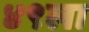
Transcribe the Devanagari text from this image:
४९ला